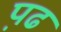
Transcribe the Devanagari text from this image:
प़ढ